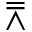
\doublebarwedge